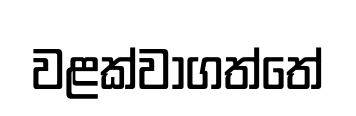
වළක්වාගත්තේ